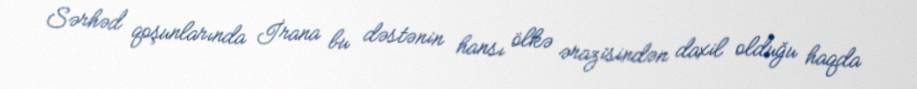
Sərhəd qoşunlarında İrana bu dəstənin hansı ölkə ərazisindən daxil olduğu haqda